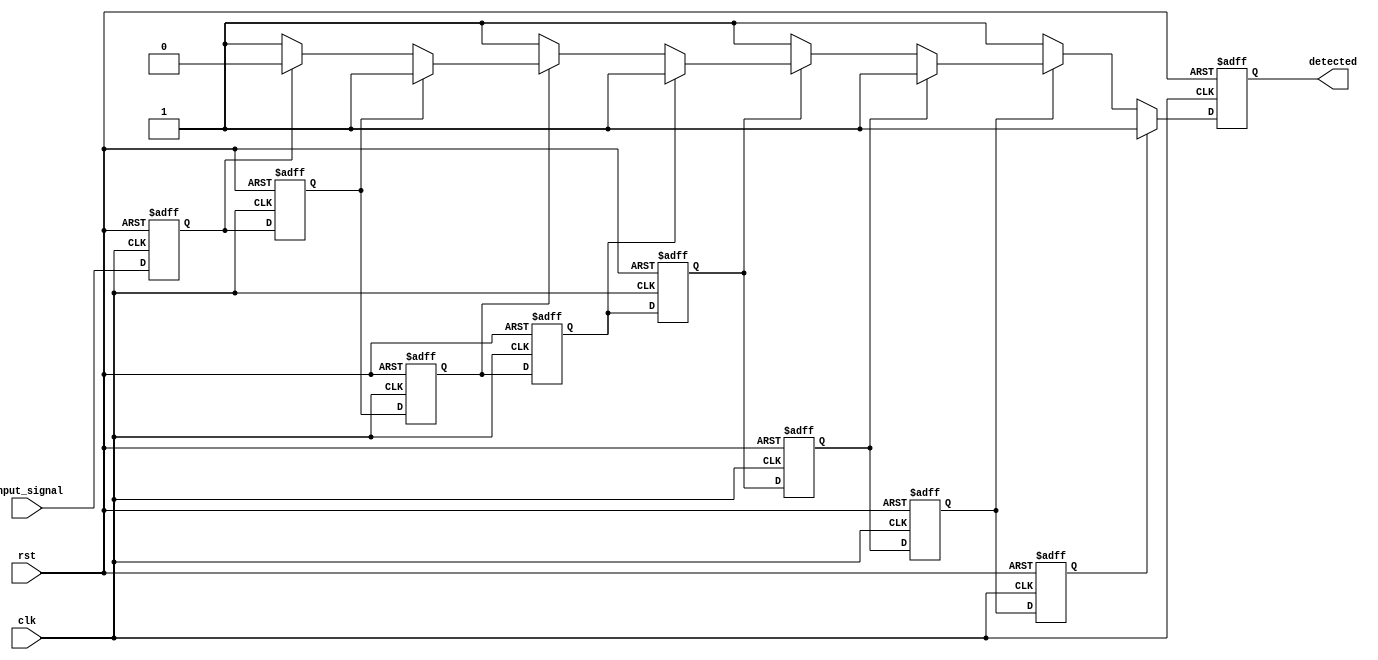
module SamplingDelayLineDetector #(
    parameter NUM_BLOCKS = 8, // Number of memory blocks (delay line depth)
    parameter DATA_WIDTH = 1,  // Width of input data
    parameter PATTERN = 8'b10101010 // Example pattern to detect
)(
    input wire clk,              // Sampling clock
    input wire rst,              // Reset signal
    input wire input_signal,     // Input signal to be monitored
    output reg detected          // Detection signal
);

    // Memory blocks (delay line)
    reg [DATA_WIDTH-1:0] memory [0:NUM_BLOCKS-1];

    integer i;

    // Sampling process
    always @(posedge clk or posedge rst) begin
        if (rst) begin
            // Reset memory blocks and detection signal
            for (i = 0; i < NUM_BLOCKS; i = i + 1) begin
                memory[i] <= {DATA_WIDTH{1'b0}};
            end
            detected <= 1'b0;
        end else begin
            // Shift the samples in the delay line
            for (i = NUM_BLOCKS-1; i > 0; i = i - 1) begin
                memory[i] <= memory[i-1]; // Shift values
            end
            memory[0] <= input_signal; // Sample the current input_signal

            // Comparison logic to detect the pattern
            detected <= 1'b0; // Default to not detected
            for (i = 0; i < NUM_BLOCKS; i = i + 1) begin
                if (memory[i] == PATTERN[i]) begin
                    detected <= 1'b1; // Set detected if pattern matches
                end
            end
        end
    end

endmodule